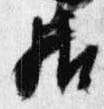
居